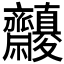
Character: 𪗓